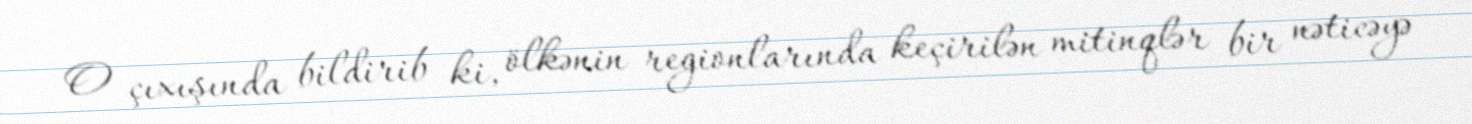
O çıxışında bildirib ki, ölkənin regionlarında keçirilən mitinqlər bir nəticəyə